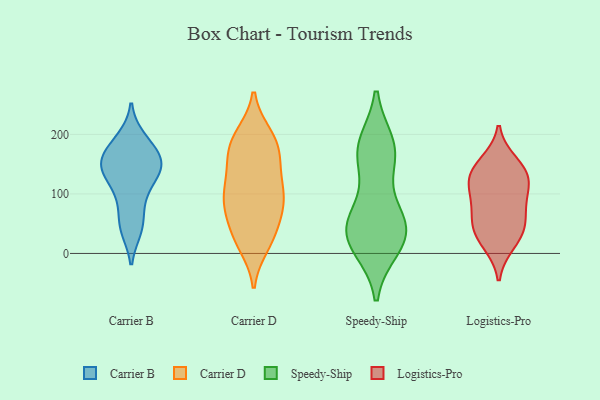
{"axis": {"x": "Active Users", "y": "Value"}, "legend": ["Carrier B", "Carrier D", "Logistics-Pro", "Speedy-Ship"], "data": [{"x": "", "y": 157, "type": "Carrier B"}, {"x": "", "y": 191, "type": "Carrier B"}, {"x": "", "y": 156, "type": "Carrier B"}, {"x": "", "y": 151, "type": "Carrier B"}, {"x": "", "y": 129, "type": "Carrier B"}, {"x": "", "y": 149, "type": "Carrier B"}, {"x": "", "y": 132, "type": "Carrier B"}, {"x": "", "y": 48, "type": "Carrier B"}, {"x": "", "y": 142, "type": "Carrier B"}, {"x": "", "y": 174, "type": "Carrier B"}, {"x": "", "y": 124, "type": "Carrier B"}, {"x": "", "y": 91, "type": "Carrier B"}, {"x": "", "y": 43, "type": "Carrier B"}, {"x": "", "y": 89, "type": "Carrier B"}, {"x": "", "y": 166, "type": "Carrier B"}, {"x": "", "y": 41, "type": "Carrier B"}, {"x": "", "y": 193, "type": "Carrier B"}, {"x": "", "y": 102, "type": "Carrier D"}, {"x": "", "y": 22, "type": "Carrier D"}, {"x": "", "y": 60, "type": "Carrier D"}, {"x": "", "y": 35, "type": "Carrier D"}, {"x": "", "y": 23, "type": "Carrier D"}, {"x": "", "y": 190, "type": "Carrier D"}, {"x": "", "y": 199, "type": "Carrier D"}, {"x": "", "y": 182, "type": "Carrier D"}, {"x": "", "y": 165, "type": "Carrier D"}, {"x": "", "y": 114, "type": "Carrier D"}, {"x": "", "y": 96, "type": "Carrier D"}, {"x": "", "y": 98, "type": "Carrier D"}, {"x": "", "y": 76, "type": "Carrier D"}, {"x": "", "y": 137, "type": "Carrier D"}, {"x": "", "y": 91, "type": "Carrier D"}, {"x": "", "y": 199, "type": "Carrier D"}, {"x": "", "y": 71, "type": "Carrier D"}, {"x": "", "y": 151, "type": "Carrier D"}, {"x": "", "y": 163, "type": "Carrier D"}, {"x": "", "y": 14, "type": "Carrier D"}, {"x": "", "y": 58, "type": "Speedy-Ship"}, {"x": "", "y": 39, "type": "Speedy-Ship"}, {"x": "", "y": 166, "type": "Speedy-Ship"}, {"x": "", "y": 20, "type": "Speedy-Ship"}, {"x": "", "y": 12, "type": "Speedy-Ship"}, {"x": "", "y": 174, "type": "Speedy-Ship"}, {"x": "", "y": 166, "type": "Speedy-Ship"}, {"x": "", "y": 28, "type": "Speedy-Ship"}, {"x": "", "y": 43, "type": "Speedy-Ship"}, {"x": "", "y": 181, "type": "Speedy-Ship"}, {"x": "", "y": 65, "type": "Speedy-Ship"}, {"x": "", "y": 132, "type": "Logistics-Pro"}, {"x": "", "y": 131, "type": "Logistics-Pro"}, {"x": "", "y": 127, "type": "Logistics-Pro"}, {"x": "", "y": 96, "type": "Logistics-Pro"}, {"x": "", "y": 47, "type": "Logistics-Pro"}, {"x": "", "y": 18, "type": "Logistics-Pro"}, {"x": "", "y": 33, "type": "Logistics-Pro"}, {"x": "", "y": 56, "type": "Logistics-Pro"}, {"x": "", "y": 87, "type": "Logistics-Pro"}, {"x": "", "y": 151, "type": "Logistics-Pro"}]}